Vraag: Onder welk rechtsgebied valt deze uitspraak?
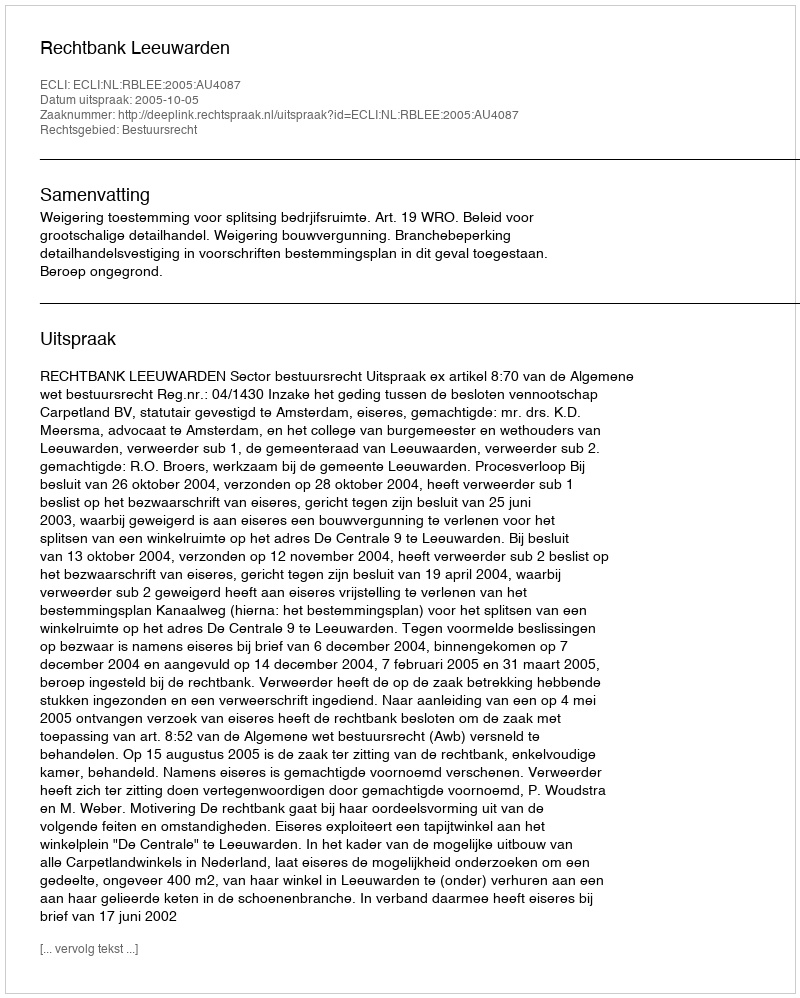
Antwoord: Bestuursrecht